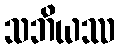
သဘိယဿ